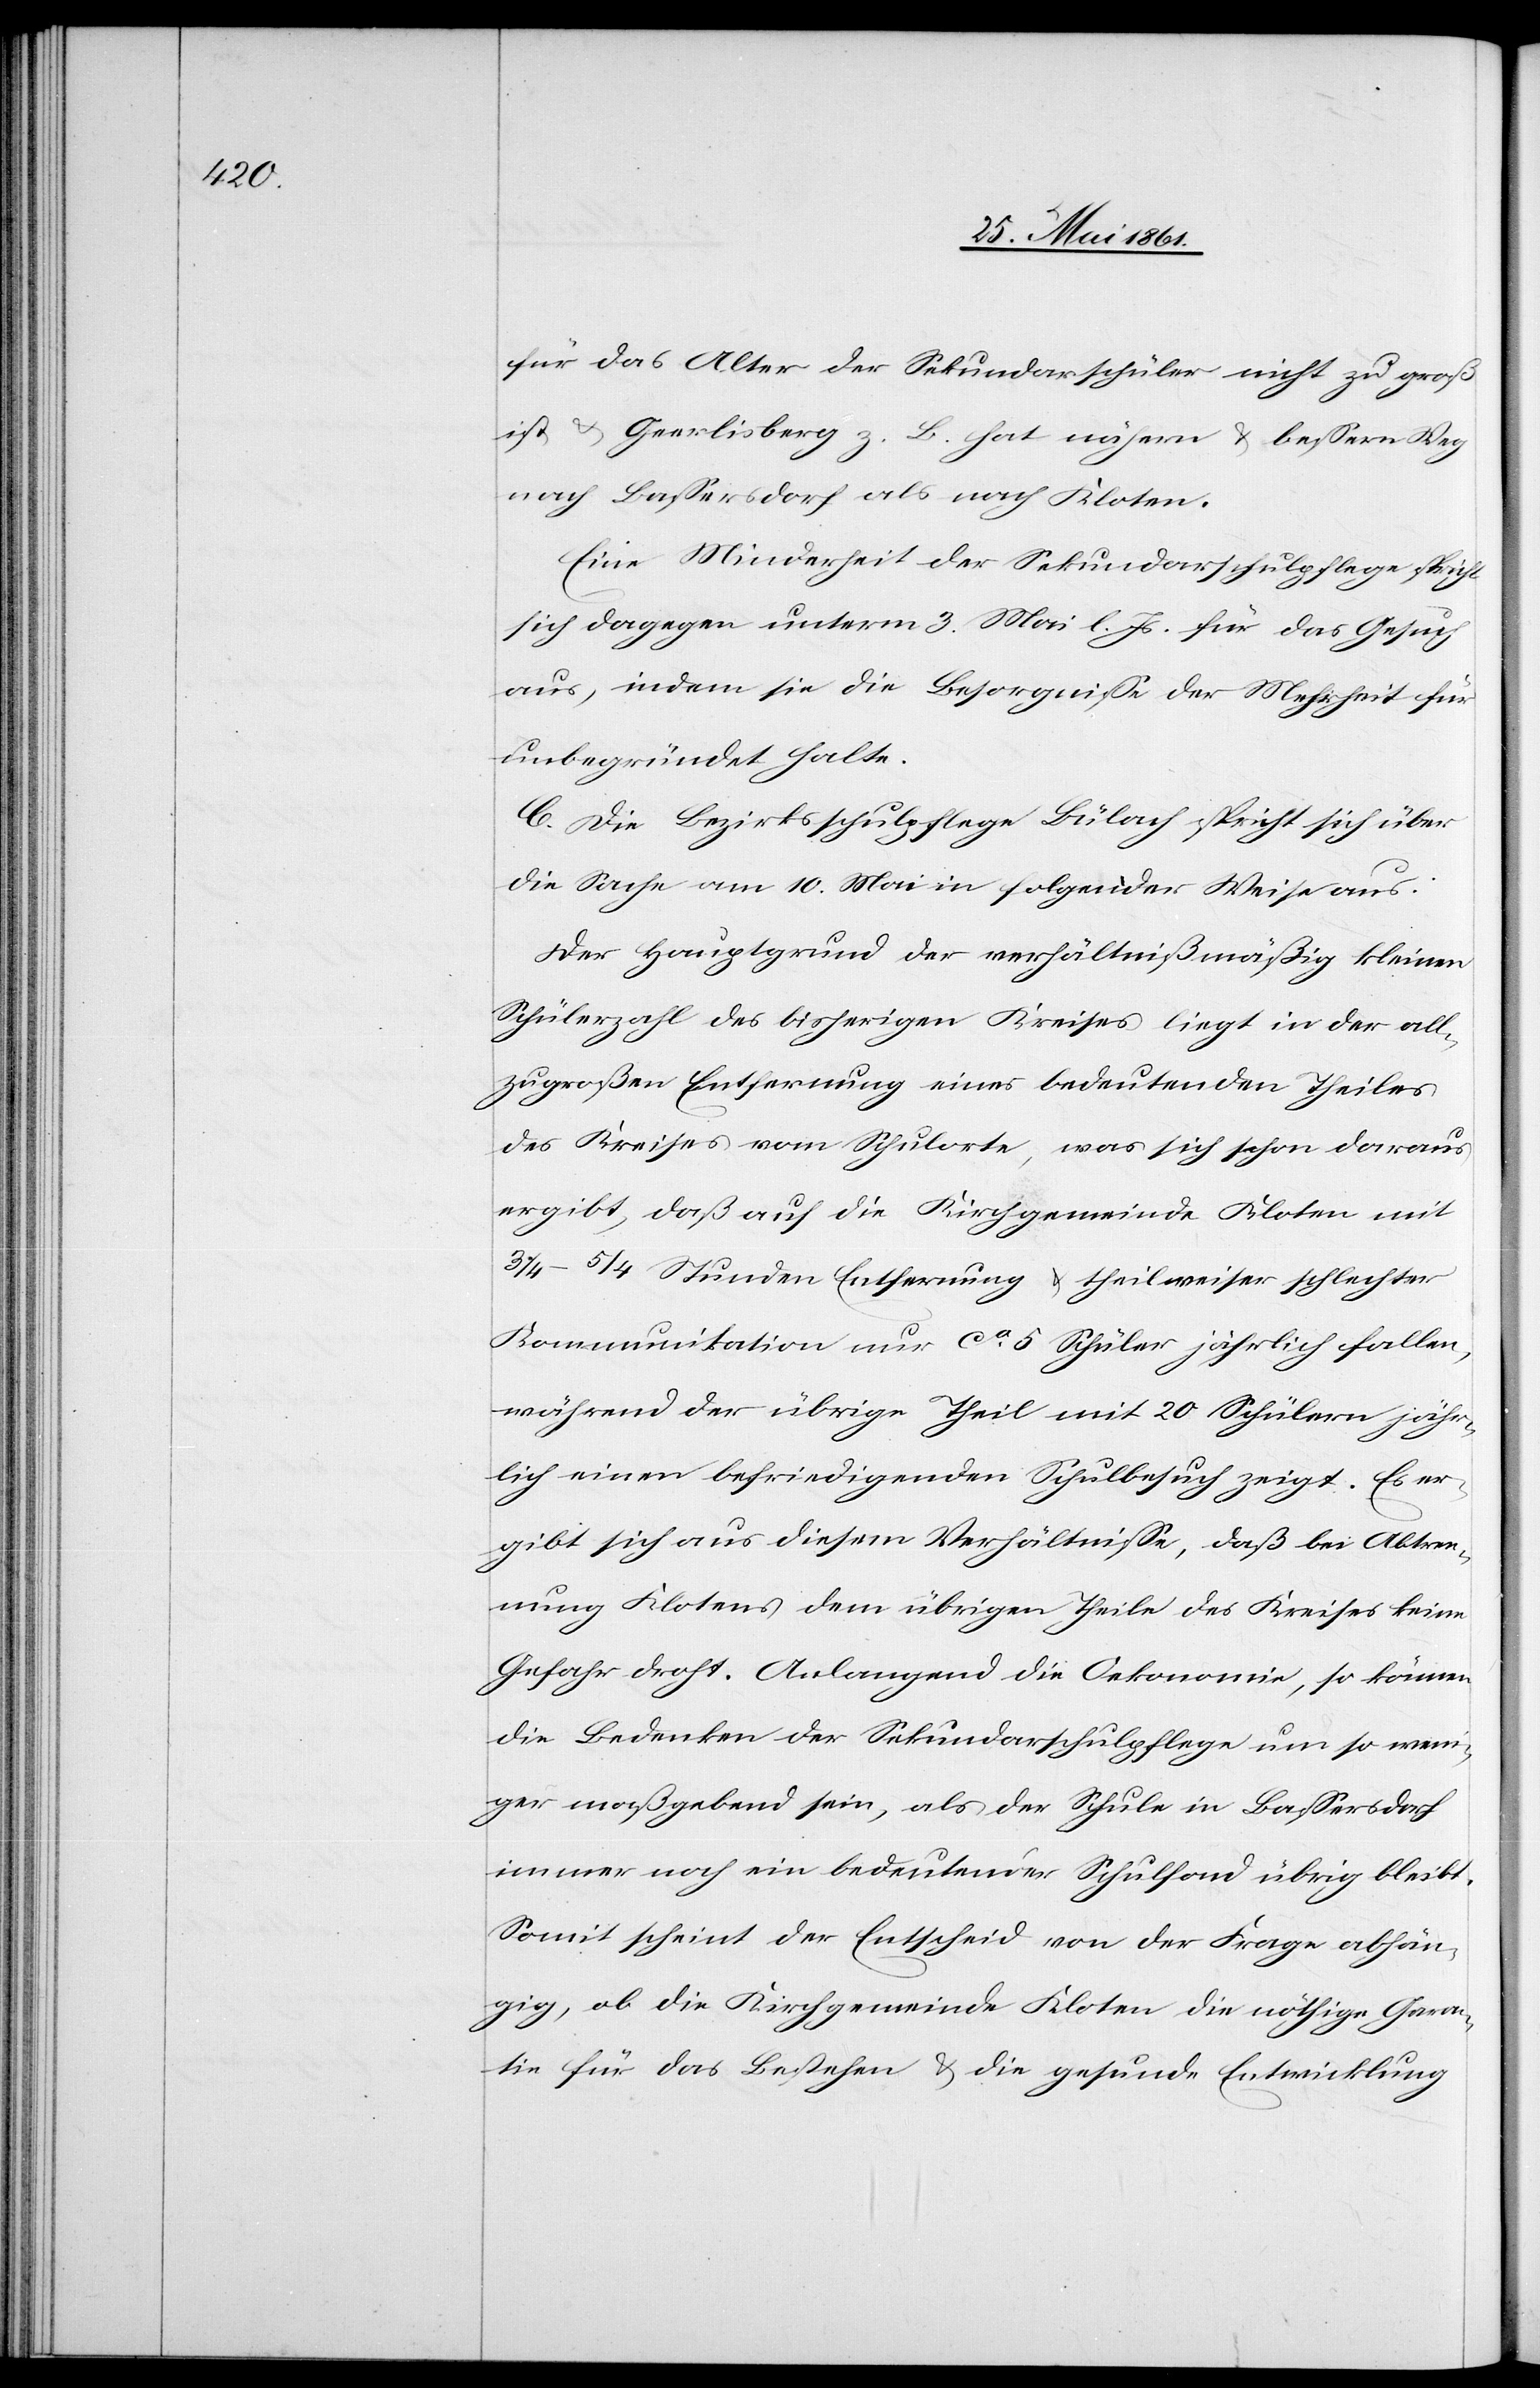
für das Alter der Sekundarschüler nicht zu groß
ist u. Geerlisberg z. B. hat nähern u. bessern Weg
nach Bassersdorf als nach Kloten.
Eine Minderheit der Sekundarschulpflege spricht
sich dagegen unterm 3. Mai l. Js. für das Gesuch
aus, indem sie die Besorgnisse der Mehrheit für
unbegründet halte.
C. Die Bezirksschulpflege Bülach spricht sich über
die Sache am 10. Mai in folgender Weise aus:
Der Hauptgrund der verhältnißmäßig kleinen
Schülerzahl des bisherigen Kreises liegt in der all¬
zugroßen Entfernung eines bedeutenden Theiles
des Kreises vom Schulorte, was sich schon daraus
ergibt, daß auf die Kirchgemeinde Kloten mit
3/4–5/4 Stunden Entfernung u. theilweiser schlechter
Kommunikation nur ca 5 Schüler jährlich fallen,
während der übrige Theil mit 20 Schülern jähr¬
lich einen befriedigenden Schulbesuch zeigt. Es er¬
gibt sich aus diesem Verhältnisse, daß bei Abtren¬
nung Klotens dem übrigen Theile des Kreises keine
Gefahr droht. Anlangend die Oekonomie, es können
die Bedenken der Sekundarschulpflege um so wen¬
iger maßgebend sein, als der Schule in Bassersdorf
immer noch ein bedeutender Schulfond übrig bleibt.
Somit scheint der Entscheid von der Frage abhän¬
gig, ob die Kirchgemeinde Kloten die nöthige Garan¬
tie für das Bestehen u. die gesunde Entwicklung